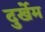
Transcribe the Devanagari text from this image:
दुर्खेम